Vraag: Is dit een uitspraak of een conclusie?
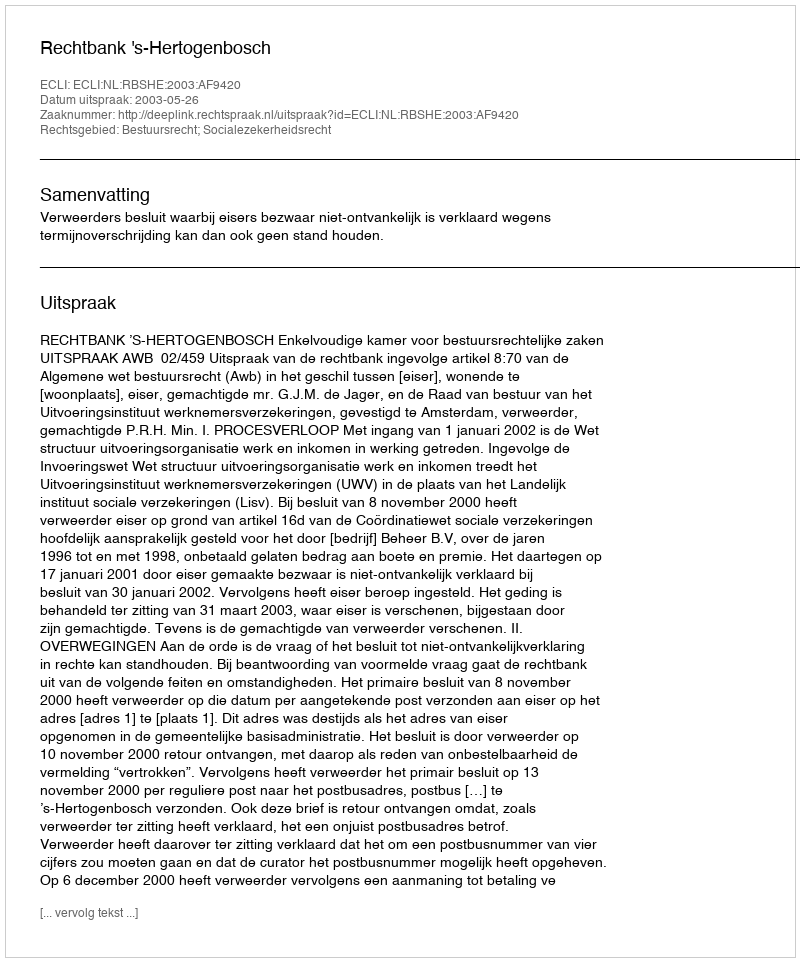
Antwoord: Uitspraak